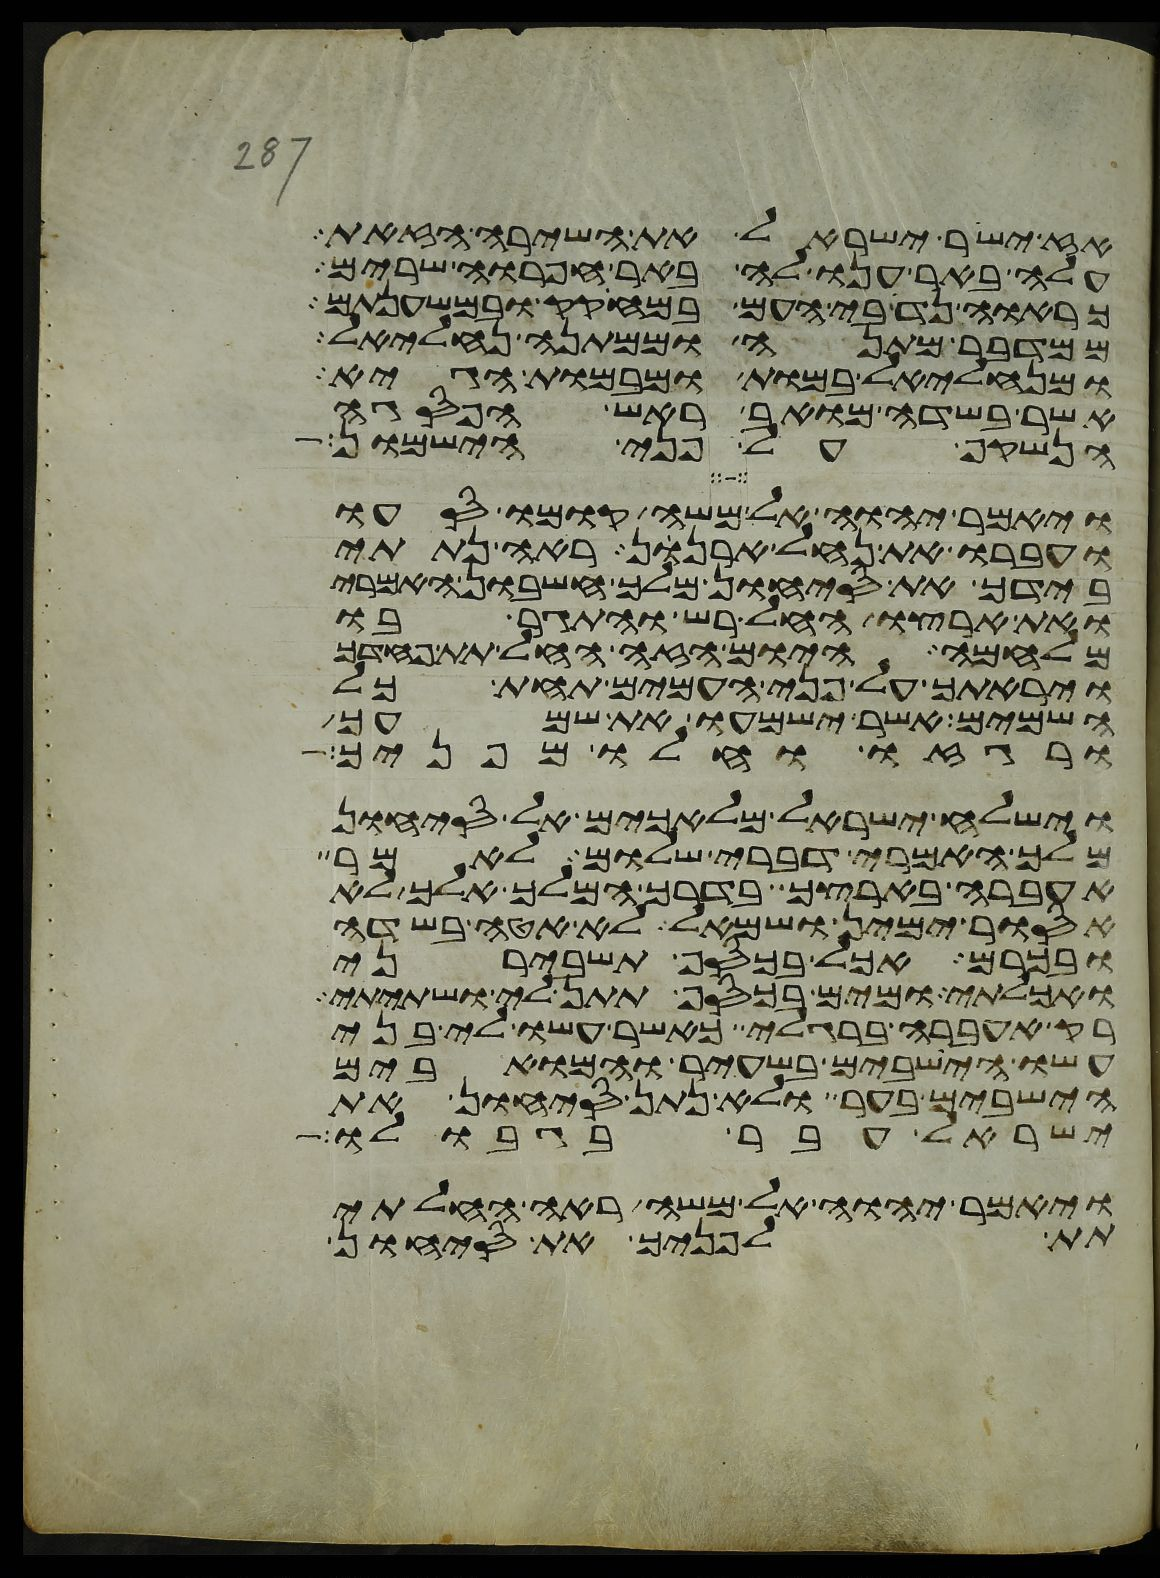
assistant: אז ישיר ישראל את השירה הזאת
עלה באר ענו לה באר חפרוה שרים
כרואה נדיבי העם במחקק ובמשענתם
ממדבר מתנה וממתנה נחליאל
ומנחליאל במות ומבמות הגיא
אשר בשדה מואב ראש הפסגה
הנשקף על פני הישמון
ויאמר יהוה אל משה קומו סעו
ועברו את נחל ארנן ראה נתתי
בידך את סיחון מלך חשבון האמרי
ואת ארצו החל רש והתגר בו
מלחמה היום הזה החל תת פחדך
ויראתך על פני העמים תחת כל
השמים אשר ישמעו את שמעך
ורגזו וחלו מפניך
וישלח ישראל מלאכים אל סיחון
מלך האמרי דברי שלום לאמר
אעברה בארצך בדרך המלך אלך לא
אסור ימין ושמאל לא אטה בשדה
ובכרם אכל בכסף תשבירני
ואכלתי ומים בכסף תתן לי ושתיתי
רק אעברה ברגלי כאשר עשו לי בני
עשו הישבים בשעיר והמואבים
הישבים בער ולא נתן סיחון את
ישראל עבר בגבולו
ויאמר יהוה אל משה ראה החלתי
תת לפניך את סיחון